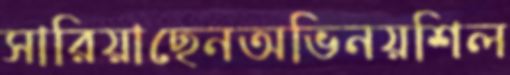
সারিয়াছেনঅভিনয়শিল